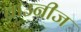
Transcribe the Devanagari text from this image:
ब्राउनीज